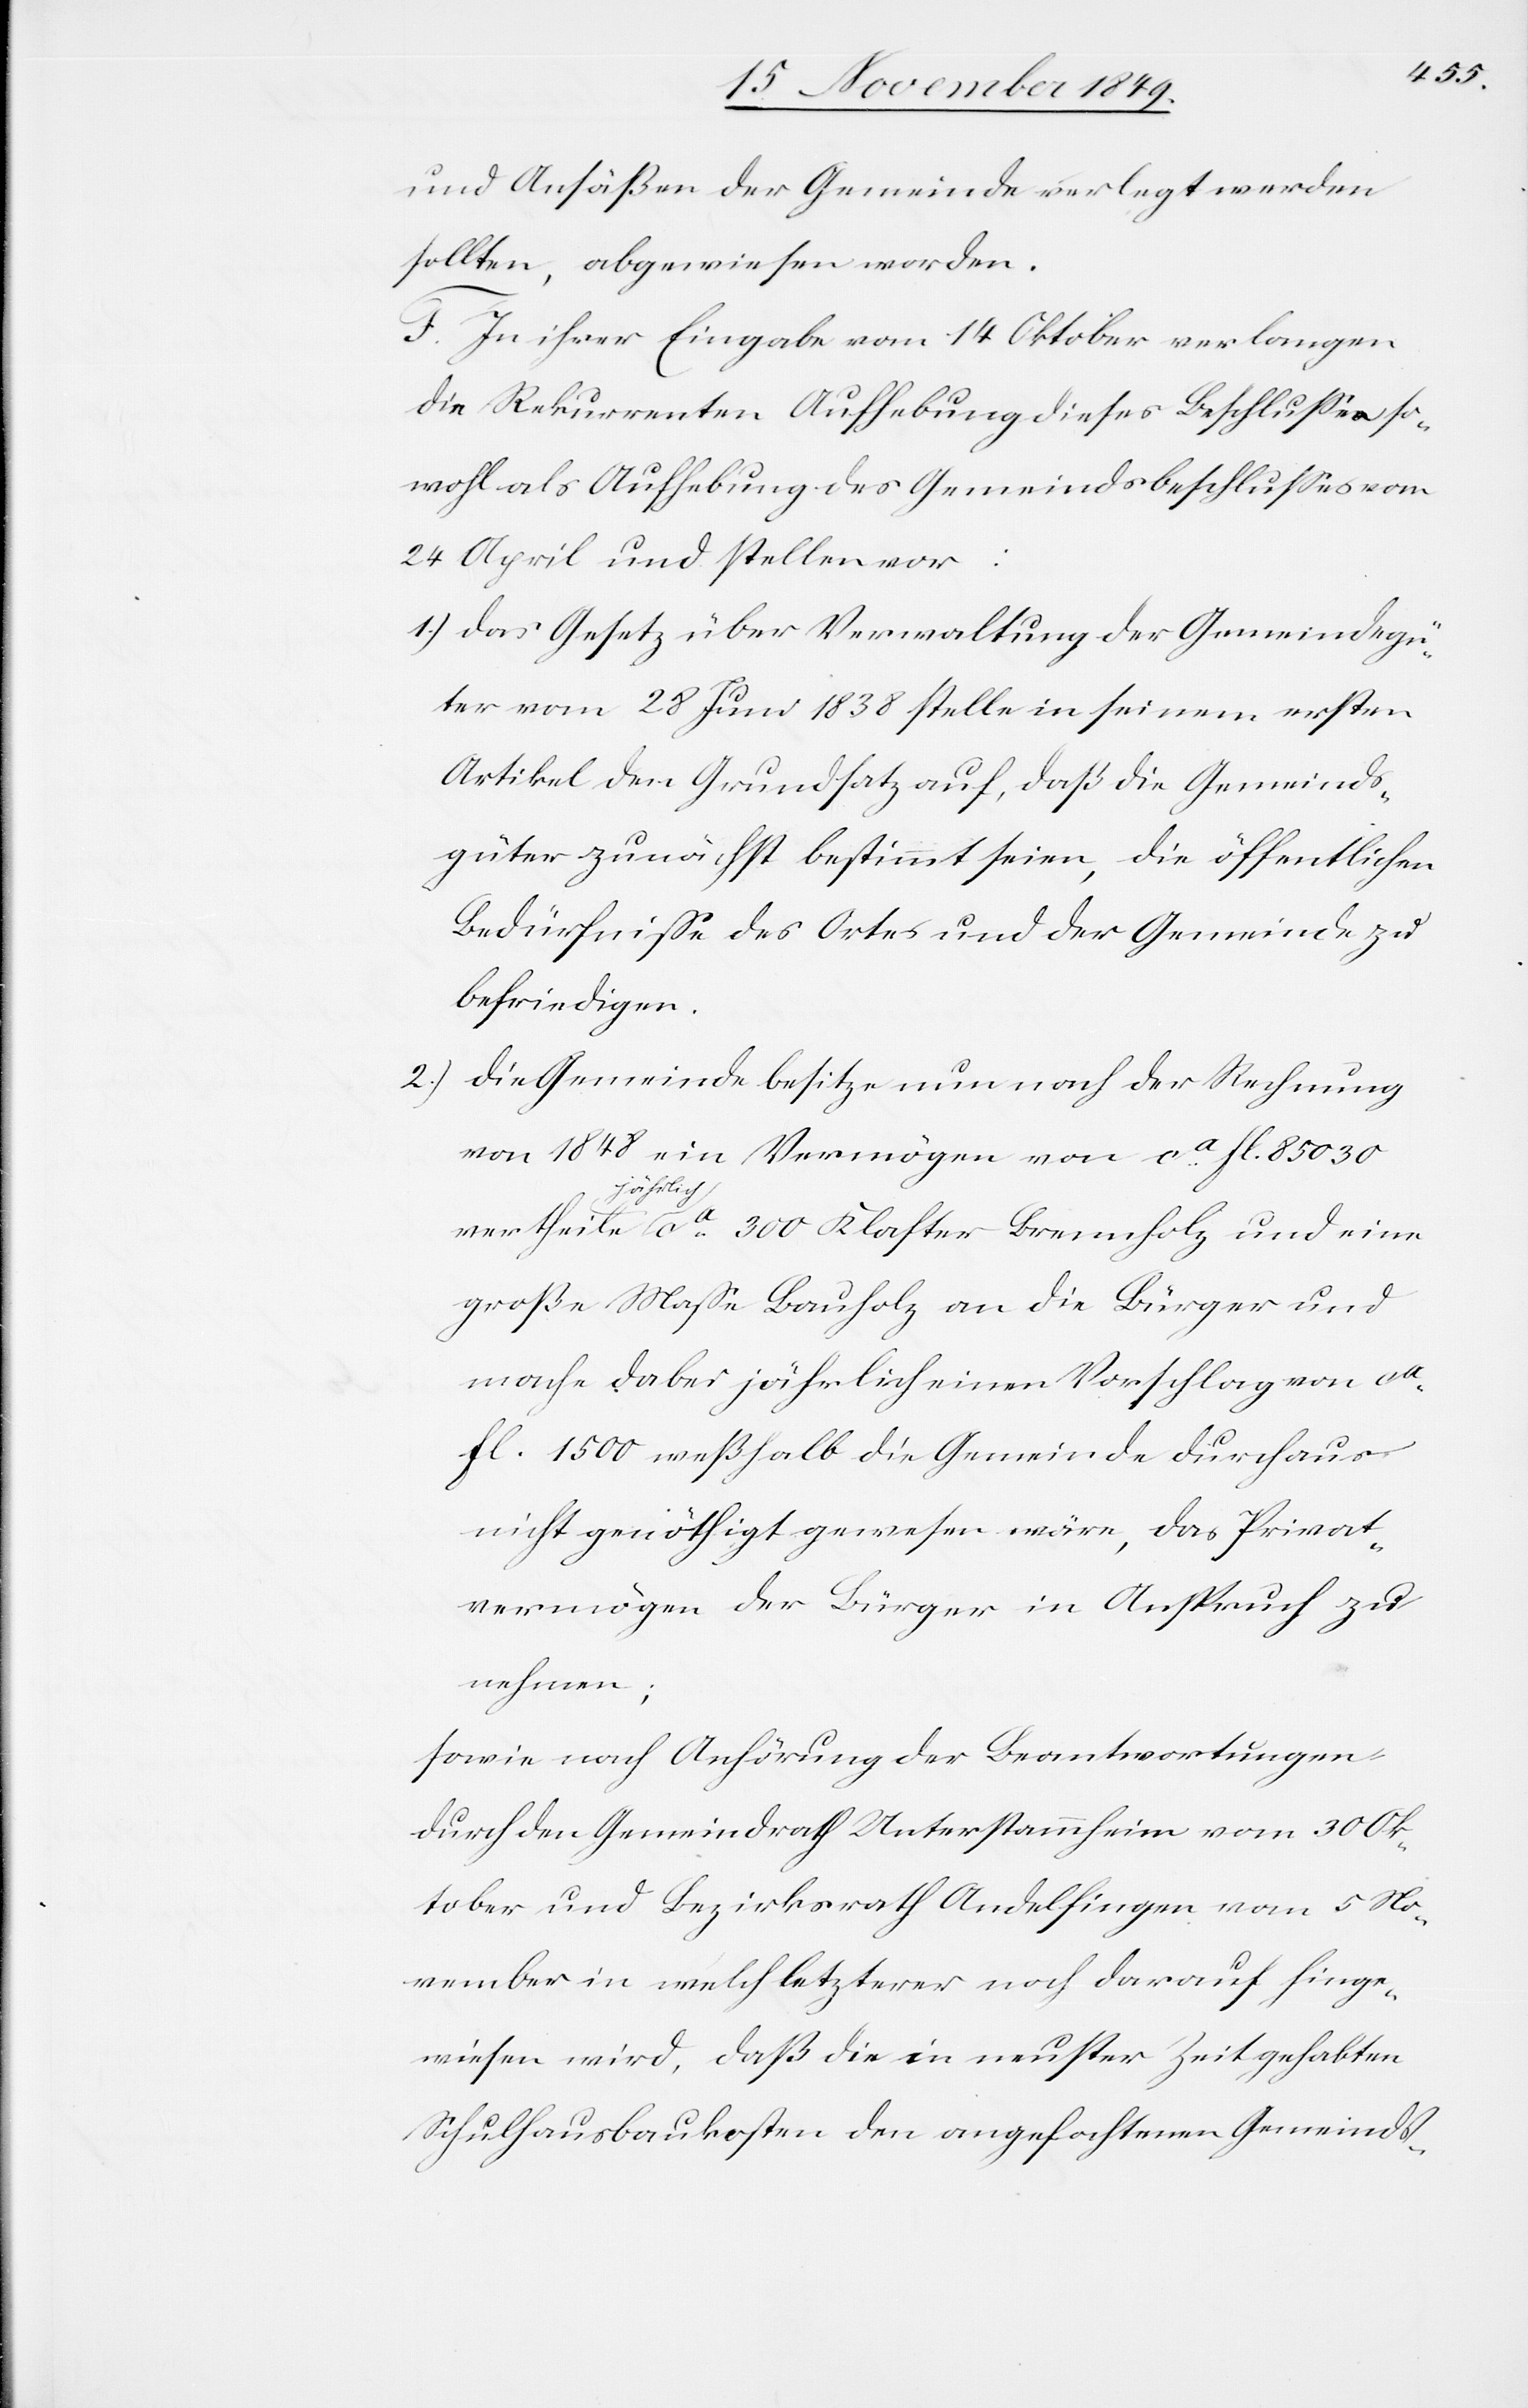
und Ansäßen der Gemeinde verlegt werden
sollte, abgewiesen worden.
F. In ihrer Eingabe vom 14 Oktober verlangen
die Rekurrenten Aufhebung dieses Beschlußes so¬
wohl als Aufhebung des Gemeindsbeschlußes vom
24 April und stellen vor:
1.) Das Gesetz über Verwaltung der Gemeindsgü¬
ter vom 28 Juni 1838 stelle in seinem ersten
Artikel den Grundsatz auf, daß die Gemeinds¬
güter zunächst bestimmt seien, die öffentlichen
Bedürfniße des Ortes und der Gemeinde zu
befriedigen.
2.) Die Gemeinde besitze nun nach der Rechnung
von 1848 ein Vermögen von ca fl 85030
vertheile jährlich ca 300 Klaster Brennholz und eine
große Maße Bauholz an die Bürger und
mache dabei jährlich einen Vorschlag von ca
fl 1500 weßhalb die Gemeinde durchaus
nicht genöthigt gewesen wäre, das Privat¬
vermögen der Bürger in Anspruch zu
nehmen;
sowie nach Anhörung der Beantwortungen
durch den Gemeindrath Unterstammheim vom 30 Ok¬
tober und Bezirksrath Andelfingen vom 5 No¬
vember in welch letzterer noch darauf hinge¬
wiesen wird, daß die in neuster Zeit gehabten
Schulhausbaukosten den angefochtenen Gemeinds-